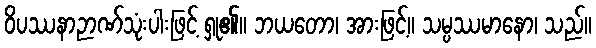
ဝိပဿနာဉာဏ်သုံးပါးဖြင့် ရှု၏။ ဘယတော၊ အားဖြင့်။ သမ္ပဿမာနော၊ သည်။